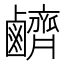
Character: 𪊆